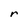
Character: r